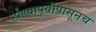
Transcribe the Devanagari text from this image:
होण्यापूर्वीपासूनच